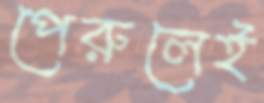
পেরুলেই